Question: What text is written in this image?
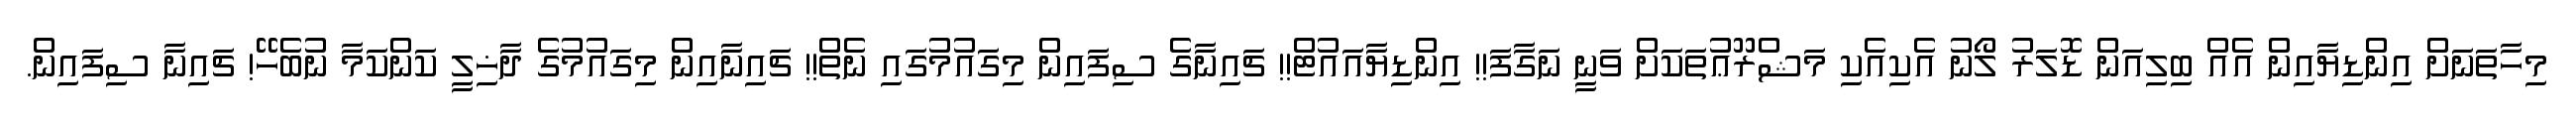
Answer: މިހާތަނަށް އިންޑިޔާއިން އެއް ބިލިއަން ޑޮލަރު ލޯނު އެކިއެކި މަޝްރޫޢުތަކަށް ވަނީ ނަގާފަ!! އިންޑިޔާއައުޓް!! ޗައިނާގެ ސިފައިން މިގައުމުގައި ނެތް!! ޗައިނާއިން މިގައުމުގެ ދާޚިލީ ކަންކަމާ ނުބެހޭ! ޗައިނާ ސިފައިން.